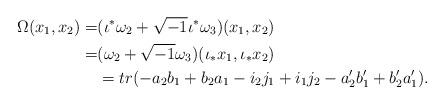
LaTeX: \begin{align*}\Omega(x_1,x_2) =& (\iota^*\omega_2+\sqrt{-1}\iota^*\omega_3)(x_1,x_2) \\=& (\omega_2+\sqrt{-1}\omega_3)(\iota_*x_1,\iota_*x_2) \\ &= tr(-a_2b_1+b_2a_1-i_2j_1+i_1j_2-a'_2b'_1+b'_2a'_1).\end{align*}